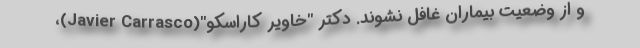
و از وضعیت بیماران غافل نشوند. دکتر "خاویر کاراسکو"(Javier Carrasco)،